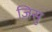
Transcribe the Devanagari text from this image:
ज़िसु